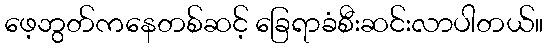
ဖေ့ဘွတ်ကနေတစ်ဆင့် ခြေရာခံစီးဆင်းလာပါတယ်။